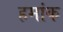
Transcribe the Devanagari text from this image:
हमांक